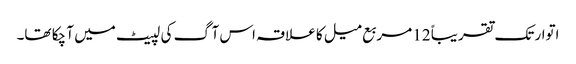
اتوار تک تقریباً 12 مربع میل کا علاقہ اس آگ کی لپیٹ میں آ چکا تھا۔